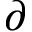
\partial